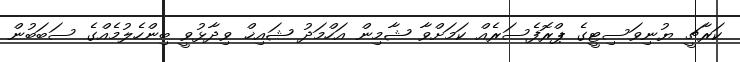
ކަރާޗީ ޔުނިވަސިޓީގެ ޕްރޮފެސަރެއް ކަމަށްވާ ޝާމިން އަހްމަދު ޝައިޚް ވިދާޅުވީ ބިންހެލުމެއްގެ ސަބަބުން